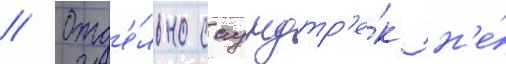
// Отд'е́льно саундтр'е́к н'е́